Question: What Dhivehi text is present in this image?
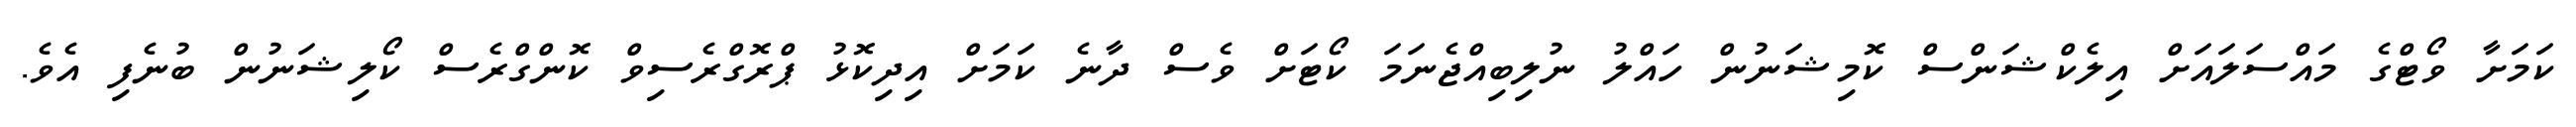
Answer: ކަމަށާ ވޯޓްގެ މައްސަލައަށް އިލެކްޝަންސް ކޮމިޝަނުން ހައްލު ނުލިބިއްޖެނަމަ ކޯޓަށް ވެސް ދާނެ ކަމަށް އިދިކޮޅު ޕްރޮގްރެސިވް ކޮންގްރެސް ކޯލިޝަނުން ބުނެފި އެވެ.